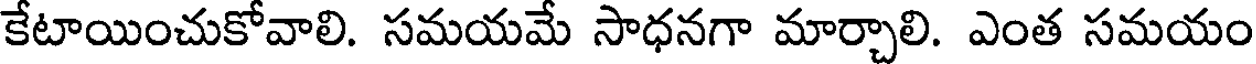
కేటాయించుకోవాలి. సమయమే సాధనగా మార్చాలి. ఎంత సమయం